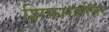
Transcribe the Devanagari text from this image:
शिफारशीवर